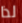
لذا